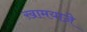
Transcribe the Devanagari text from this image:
ख़ामयाजे़